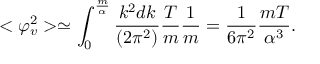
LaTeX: < \varphi _ { v } ^ { 2 } > \simeq \int _ { 0 } ^ { \frac { m } { \alpha } } { \frac { k ^ { 2 } d k } { ( 2 \pi ^ { 2 } ) } } { \frac { T } { m } } { \frac { 1 } { m } } = { \frac { 1 } { 6 \pi ^ { 2 } } } { \frac { m T } { \alpha ^ { 3 } } } .